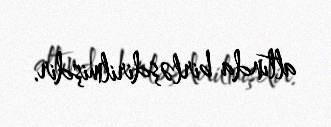
altında birləşdirilmişdir.